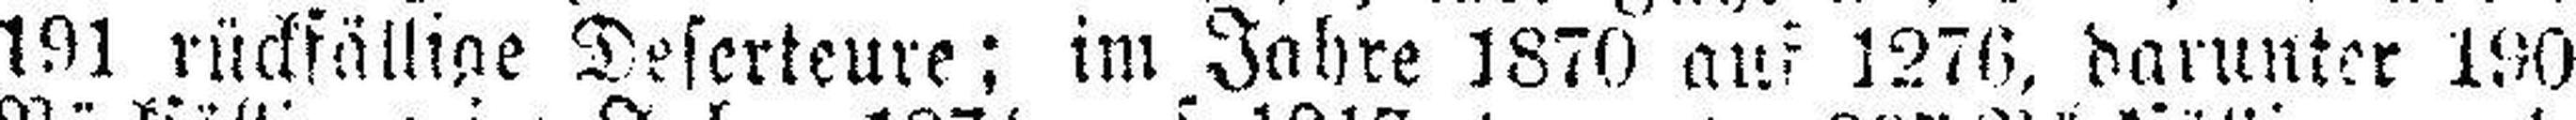
191 rückfällige Deserteure; im Jahre 1870 auf 1276, darunter 190